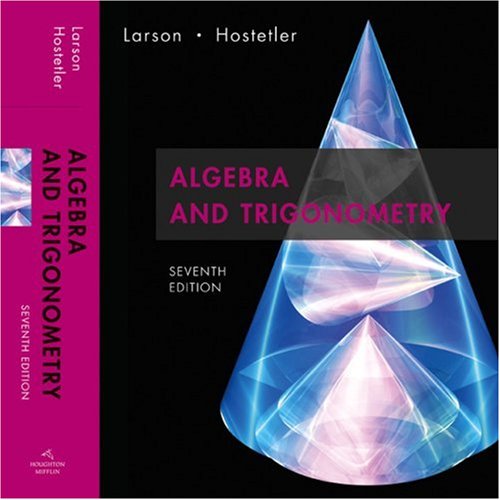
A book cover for Algebra and Trigonometry, 7th Edition; Ron Larson; Science & Math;